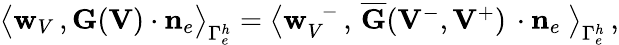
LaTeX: \begin{array}{r}{\big\langle{{\mathbf w}_{V}}\, ,{\mathbf G}({\mathbf V})\cdot{{\mathbf n}}_{e}\big\rangle_{\Gamma_{e}^{h}}=\big\langle{{\mathbf w}}_{V}^{\, \, \, -}\, ,\, \overline{{{\mathbf G}}}({{\mathbf V}}^{-},{{\mathbf V}}^{+})\, \cdot{{\mathbf n}}_{e}\ \big\rangle_{\Gamma_{e}^{h}}\, ,}\end{array}